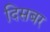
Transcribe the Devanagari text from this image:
दिसबर